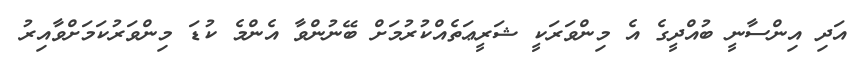
އަދި އިންސާނީ ބުއްދީގެ އެ މިންވަރަކީ ޝަރީޢަތެއްކުރުމަށް ބޭނުންވާ އެންމެ ކުޑަ މިންވަރުކަމަށްވާއިރު